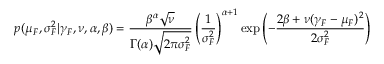
p ( \mu _ { F } , \sigma _ { F } ^ { 2 } | \gamma _ { F } , \nu , \alpha , \beta ) = \frac { \beta ^ { \alpha } \sqrt { \nu } } { \Gamma ( \alpha ) \sqrt { 2 \pi \sigma _ { F } ^ { 2 } } } \left( \frac { 1 } { \sigma _ { F } ^ { 2 } } \right) ^ { \alpha + 1 } \exp \left( - \frac { 2 \beta + \nu ( \gamma _ { F } - \mu _ { F } ) ^ { 2 } } { 2 \sigma _ { F } ^ { 2 } } \right)